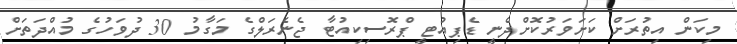
މިކަން އިތުރަށް ކަށަވަރުކޮށްދެނީ ޑެޕިއުޓީ ޕްރޮސިކިއުޓާ ޖެނެރަލްގެ މަގާމު 30 ދުވަހުގެ މުއްދަތަށް